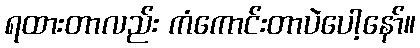
ရထားတာလည်း ကံကောင်းတာပဲပေါ့နော်။